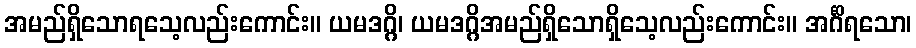
အမည်ရှိသောရသေ့လည်းကောင်း။ ယမဒဂ္ဂိ၊ ယမဒဂ္ဂိအမည်ရှိသောရှိသေ့လည်းကောင်း။ အင်္ဂိရသော၊